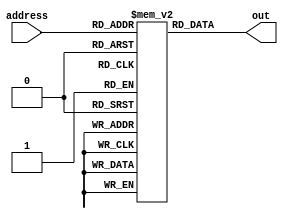
// Andrew Doucet
// Spencer Dugas

// Read-Only Program Memory
module ROM(address, out);

    // I/O
    input [7:0]address;
    output reg [15:0]out;

    // Memory Block
    reg [15:0]memory[0:255];

    // Change output depending on address
    always @(address)
        out <= memory[address];

endmodule